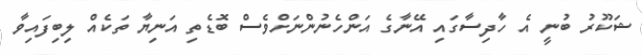
ޝަކޫރު ބުނީ އެ ހާދިސާގައި އޭނާގެ އަންހެނުންނަށްވެސް ބޮޑެތި އަނިޔާ ތަކެއް ލިބިފައިވާ